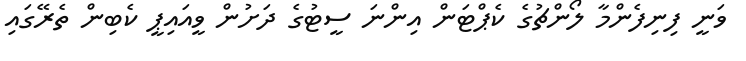
ވަނީ ފިނިފެންމާ ލޯންޗުގެ ކެޕްޓަން އިންނަ ސީޓުގެ ދަށުން ވީއައިޕީ ކެބިން ތެރޭގައި